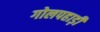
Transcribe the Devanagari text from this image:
गोलपहाड़ी